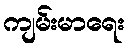
ကျမ်းမာရေး